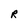
Character: R